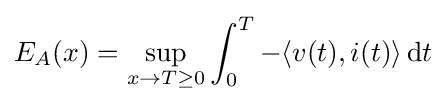
E_{A}(x)=\sup _{x\to T\geq 0}\int _{0}^{T}-\langle v(t),i(t)\rangle \,{\mathord {\operatorname {d} }}t